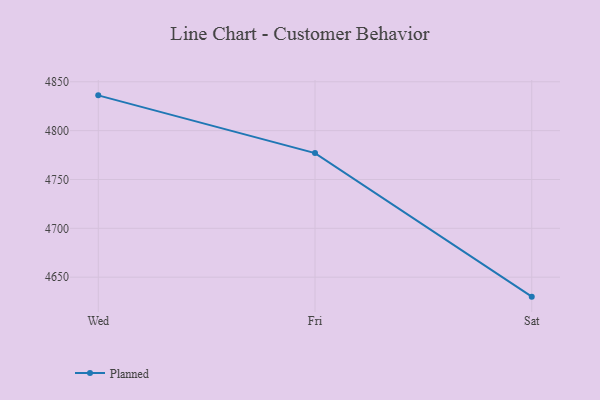
{"axis": {"x": "Day", "y": "Latency (ms)"}, "legend": ["Planned"], "data": [{"x": "Wed", "y": 4836.1, "type": "Planned"}, {"x": "Fri", "y": 4777.0, "type": "Planned"}, {"x": "Sat", "y": 4630.1, "type": "Planned"}]}